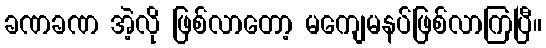
ခဏခဏ အဲ့လို ဖြစ်လာတော့ မကျေမနပ်ဖြစ်လာကြပြီ။